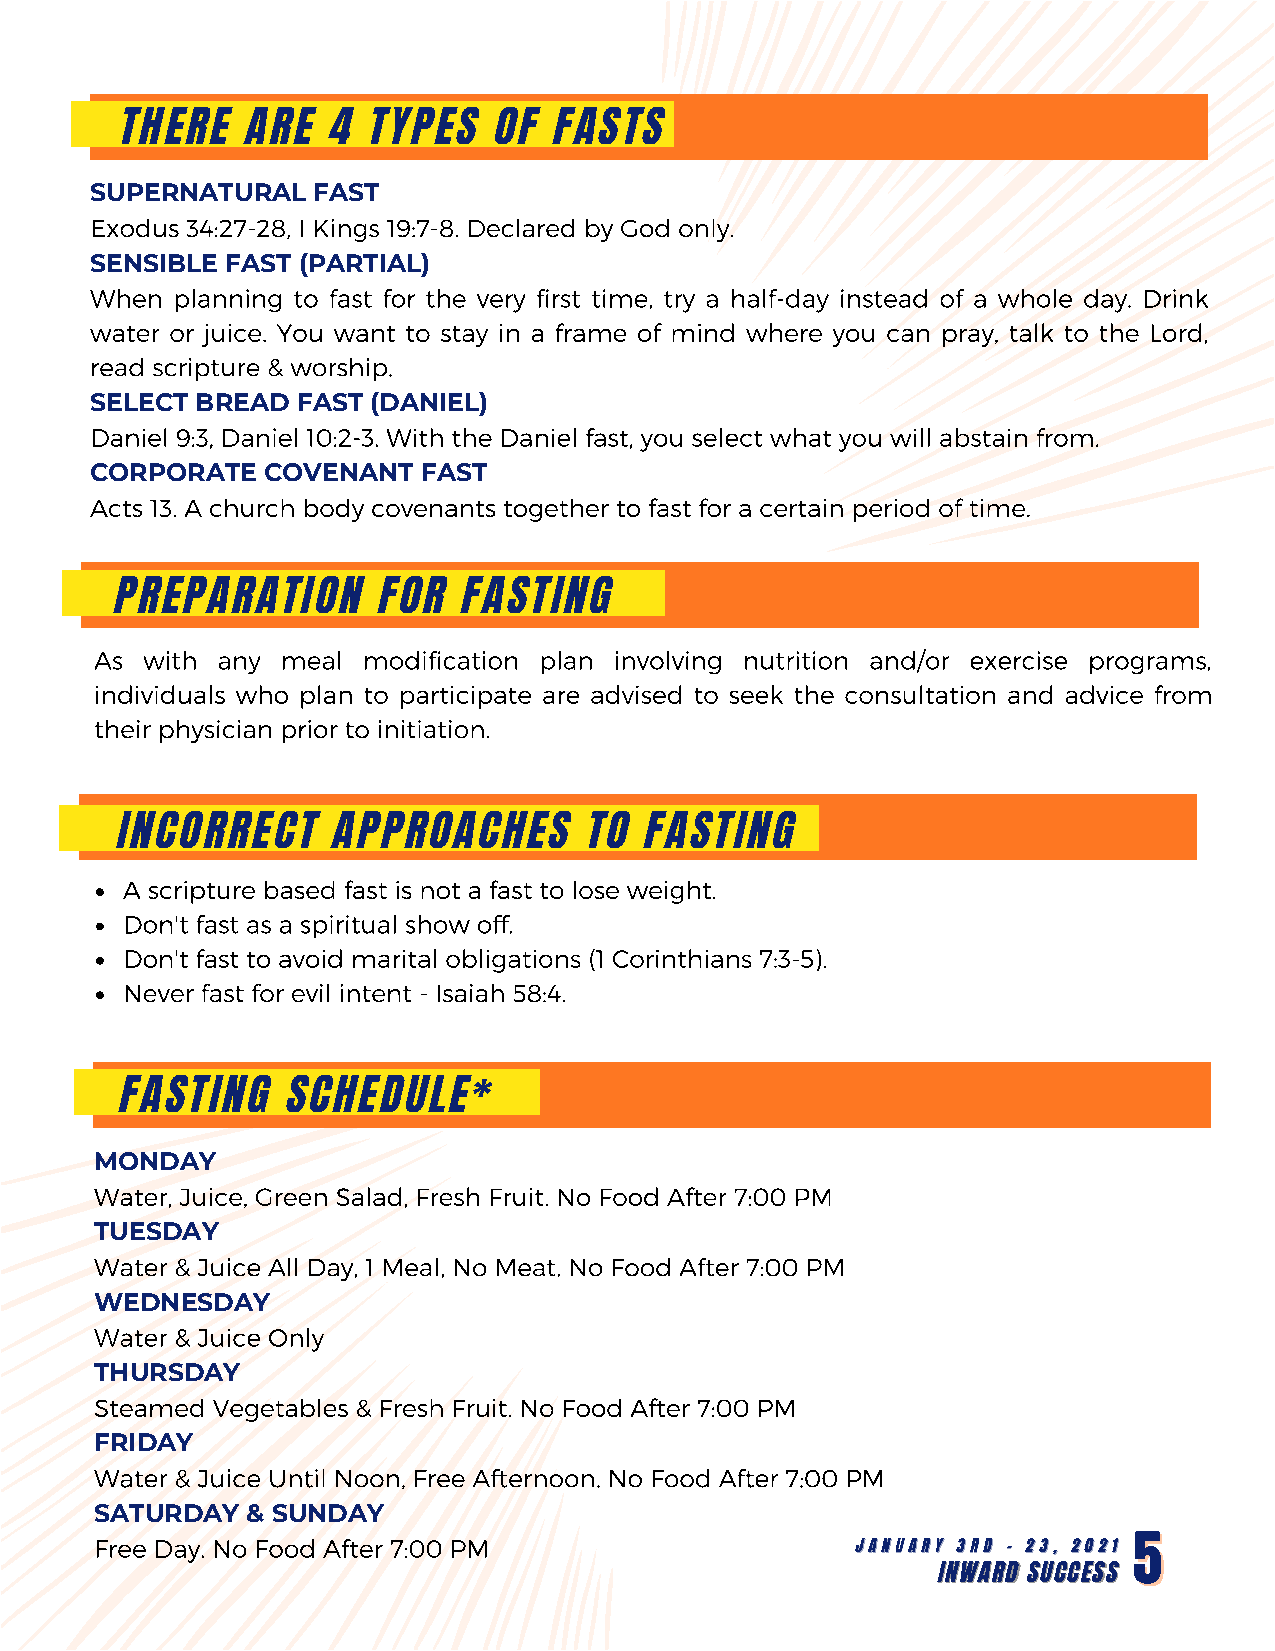
THERE   ARE   4 TYPES    OF  FASTS
 SUPERNATURAL   FAST
 Exodus 34:27-28, I Kings 19:7-8. Declared by God only.
 SENSIBLE FAST (PARTIAL)
 When planning to fast for the very first time, try a half-day instead of a whole day. Drink
 water or juice. You want to stay in a frame of mind where you can pray, talk to the Lord,
 read scripture & worship.
 SELECT BREAD  FAST (DANIEL)
 Daniel 9:3, Daniel 10:2-3. With the Daniel fast, you select what you will abstain from.
 CORPORATE  COVENANT   FAST
 Acts 13. A church body covenants together to fast for a certain period of time.
 PREPARATION      FOR   FASTING
 As with any  meal modification plan involving nutrition and/or exercise programs,
 individuals who plan to participate are advised to seek the consultation and advice from
 their physician prior to initiation.
 INCORRECT     APPROACHES       TO  FASTING
 A scripture based fast is not a fast to lose weight.
 Don't fast as a spiritual show off.
 Don't fast to avoid marital obligations (1 Corinthians 7:3-5).
 Never fast for evil intent - Isaiah 58:4.
 FASTING    SCHEDULE*
 MONDAY
 Water, Juice, Green Salad, Fresh Fruit. No Food After 7:00 PM
 TUESDAY
 Water & Juice All Day, 1 Meal, No Meat. No Food After 7:00 PM
 WEDNESDAY
 Water & Juice Only
 THURSDAY
 Steamed Vegetables & Fresh Fruit. No Food After 7:00 PM
 FRIDAY
 Water & Juice Until Noon, Free Afternoon. No Food After 7:00 PM
 SATURDAY  & SUNDAY
 Free Day. No Food After 7:00 PM
 JJAANNUUAARRYY 33RRDD -- 2233,, 22002211 55
 IINNWWAARRDD SSUUCCCCEESSSS